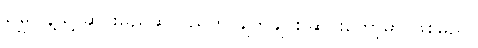
မြေပြန့်သို့ ဆင်းမည်ဆိုသည်ကို ချက်ချင်း ဆင်းတော့မှာ ဖြစ်မည်။